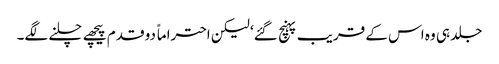
جلد ہی وہ اس کے قریب پہنچ گئے‘ لیکن احتراماً دو قدم پیچھے چلنے لگے۔